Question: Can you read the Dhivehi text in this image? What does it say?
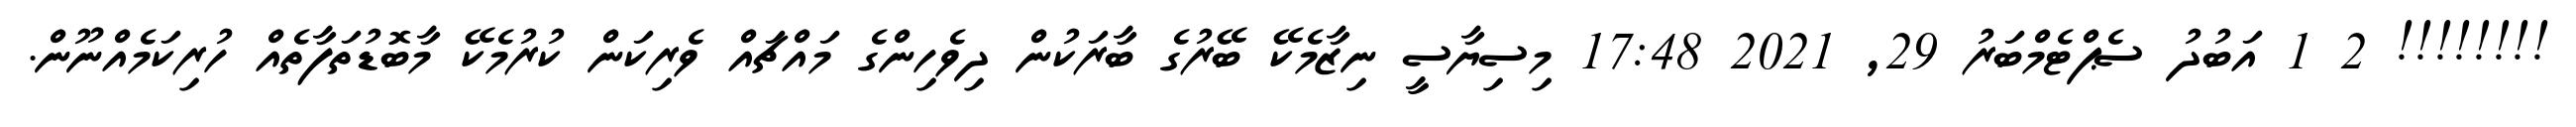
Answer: !!!!!!!! 2 1 އަބުދު ސެޕްޓެމްބަރު 29, 2021 17:48 މިސިޔާސީ ނިޒާމެކޭ ބޭރުގެ ބާރަކުން ދިވެހިންގެ މައްޗައް ވެރިކަން ކުރުމެކޭ މާބޮޑުތަފާތެއް ހުރިކަމެއްނޫން.